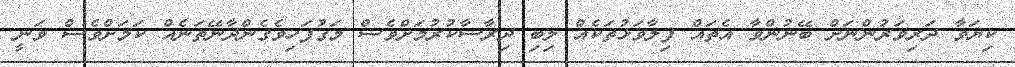
ކިޔަވާ ދަރިވަރުންނަށް ބޭނުންވާ އެތައް ފިލާވަޅުތަކެއް ލިބި ދިރާސާކުރުމަށްވެސް މަގުފަހިވެގެންދާނޭތަނެއް ކަމަށްވެސް ވަނީ